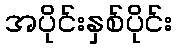
အပိုင်းနှစ်ပိုင်း